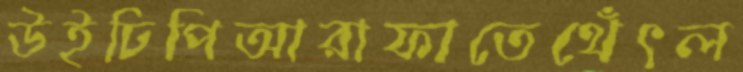
উইঢিপিআরাফাতেথেঁৎল